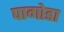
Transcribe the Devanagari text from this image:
पागोडा